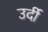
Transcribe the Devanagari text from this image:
उर्दी